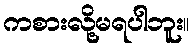
ကစားလို့မရပါဘူး။